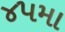
૪૫મા